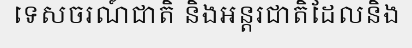
ទេសចរណ៍ជាតិ និងអន្តរជាតិដែលនិង